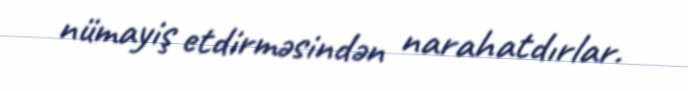
nümayiş etdirməsindən narahatdırlar.